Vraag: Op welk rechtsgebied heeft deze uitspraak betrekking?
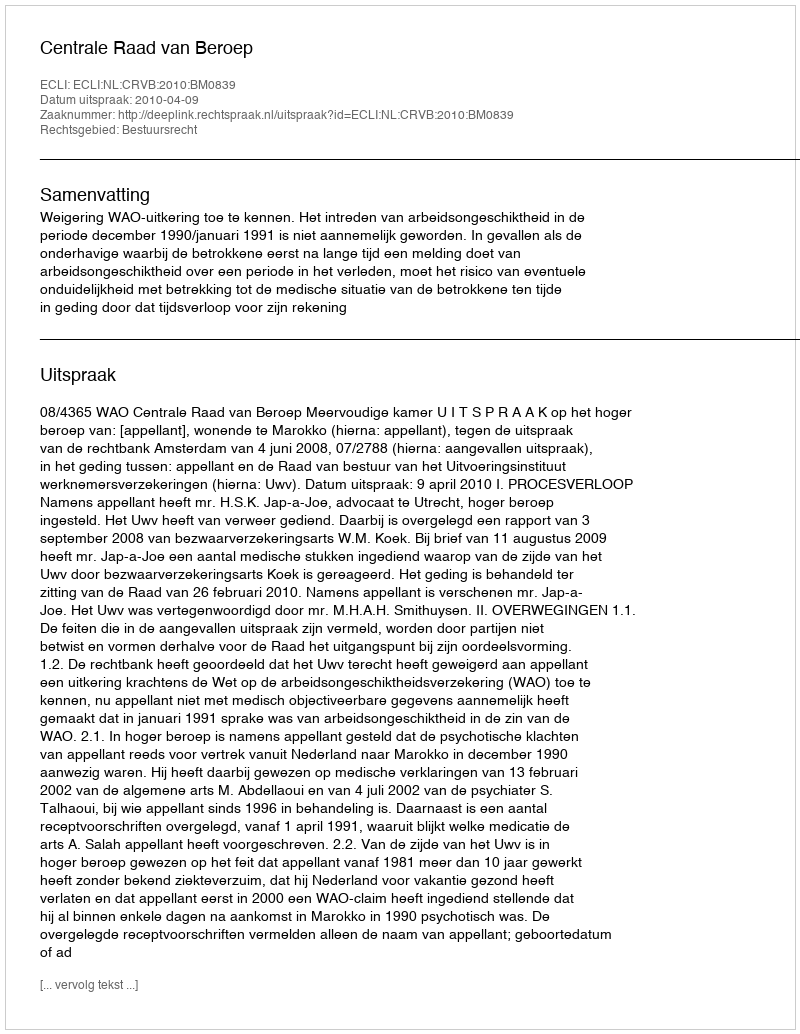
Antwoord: Bestuursrecht